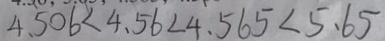
4 . 5 0 \dot { 6 } < 4 . 5 6 < 4 . 5 6 5 < 5 . 6 5